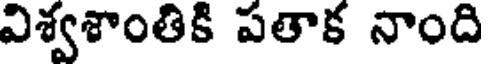
విశ్వశాంతికి పతాక నాంది